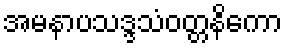
အမနာပသဒ္ဒသံဝတ္တနိကော